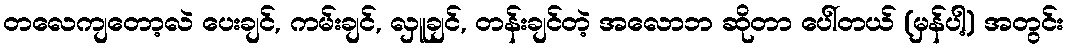
တလေကျတော့လဲ ပေးချင်, ကမ်းချင်, လှူချင်, တန်းချင်တဲ့ အလောဘ ဆိုတာ ပေါ်တယ် (မှန်ပါ့) အတွင်း